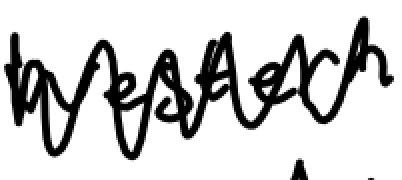
Text: western
Cross-out: zig-zag
Writing tool: digital_black